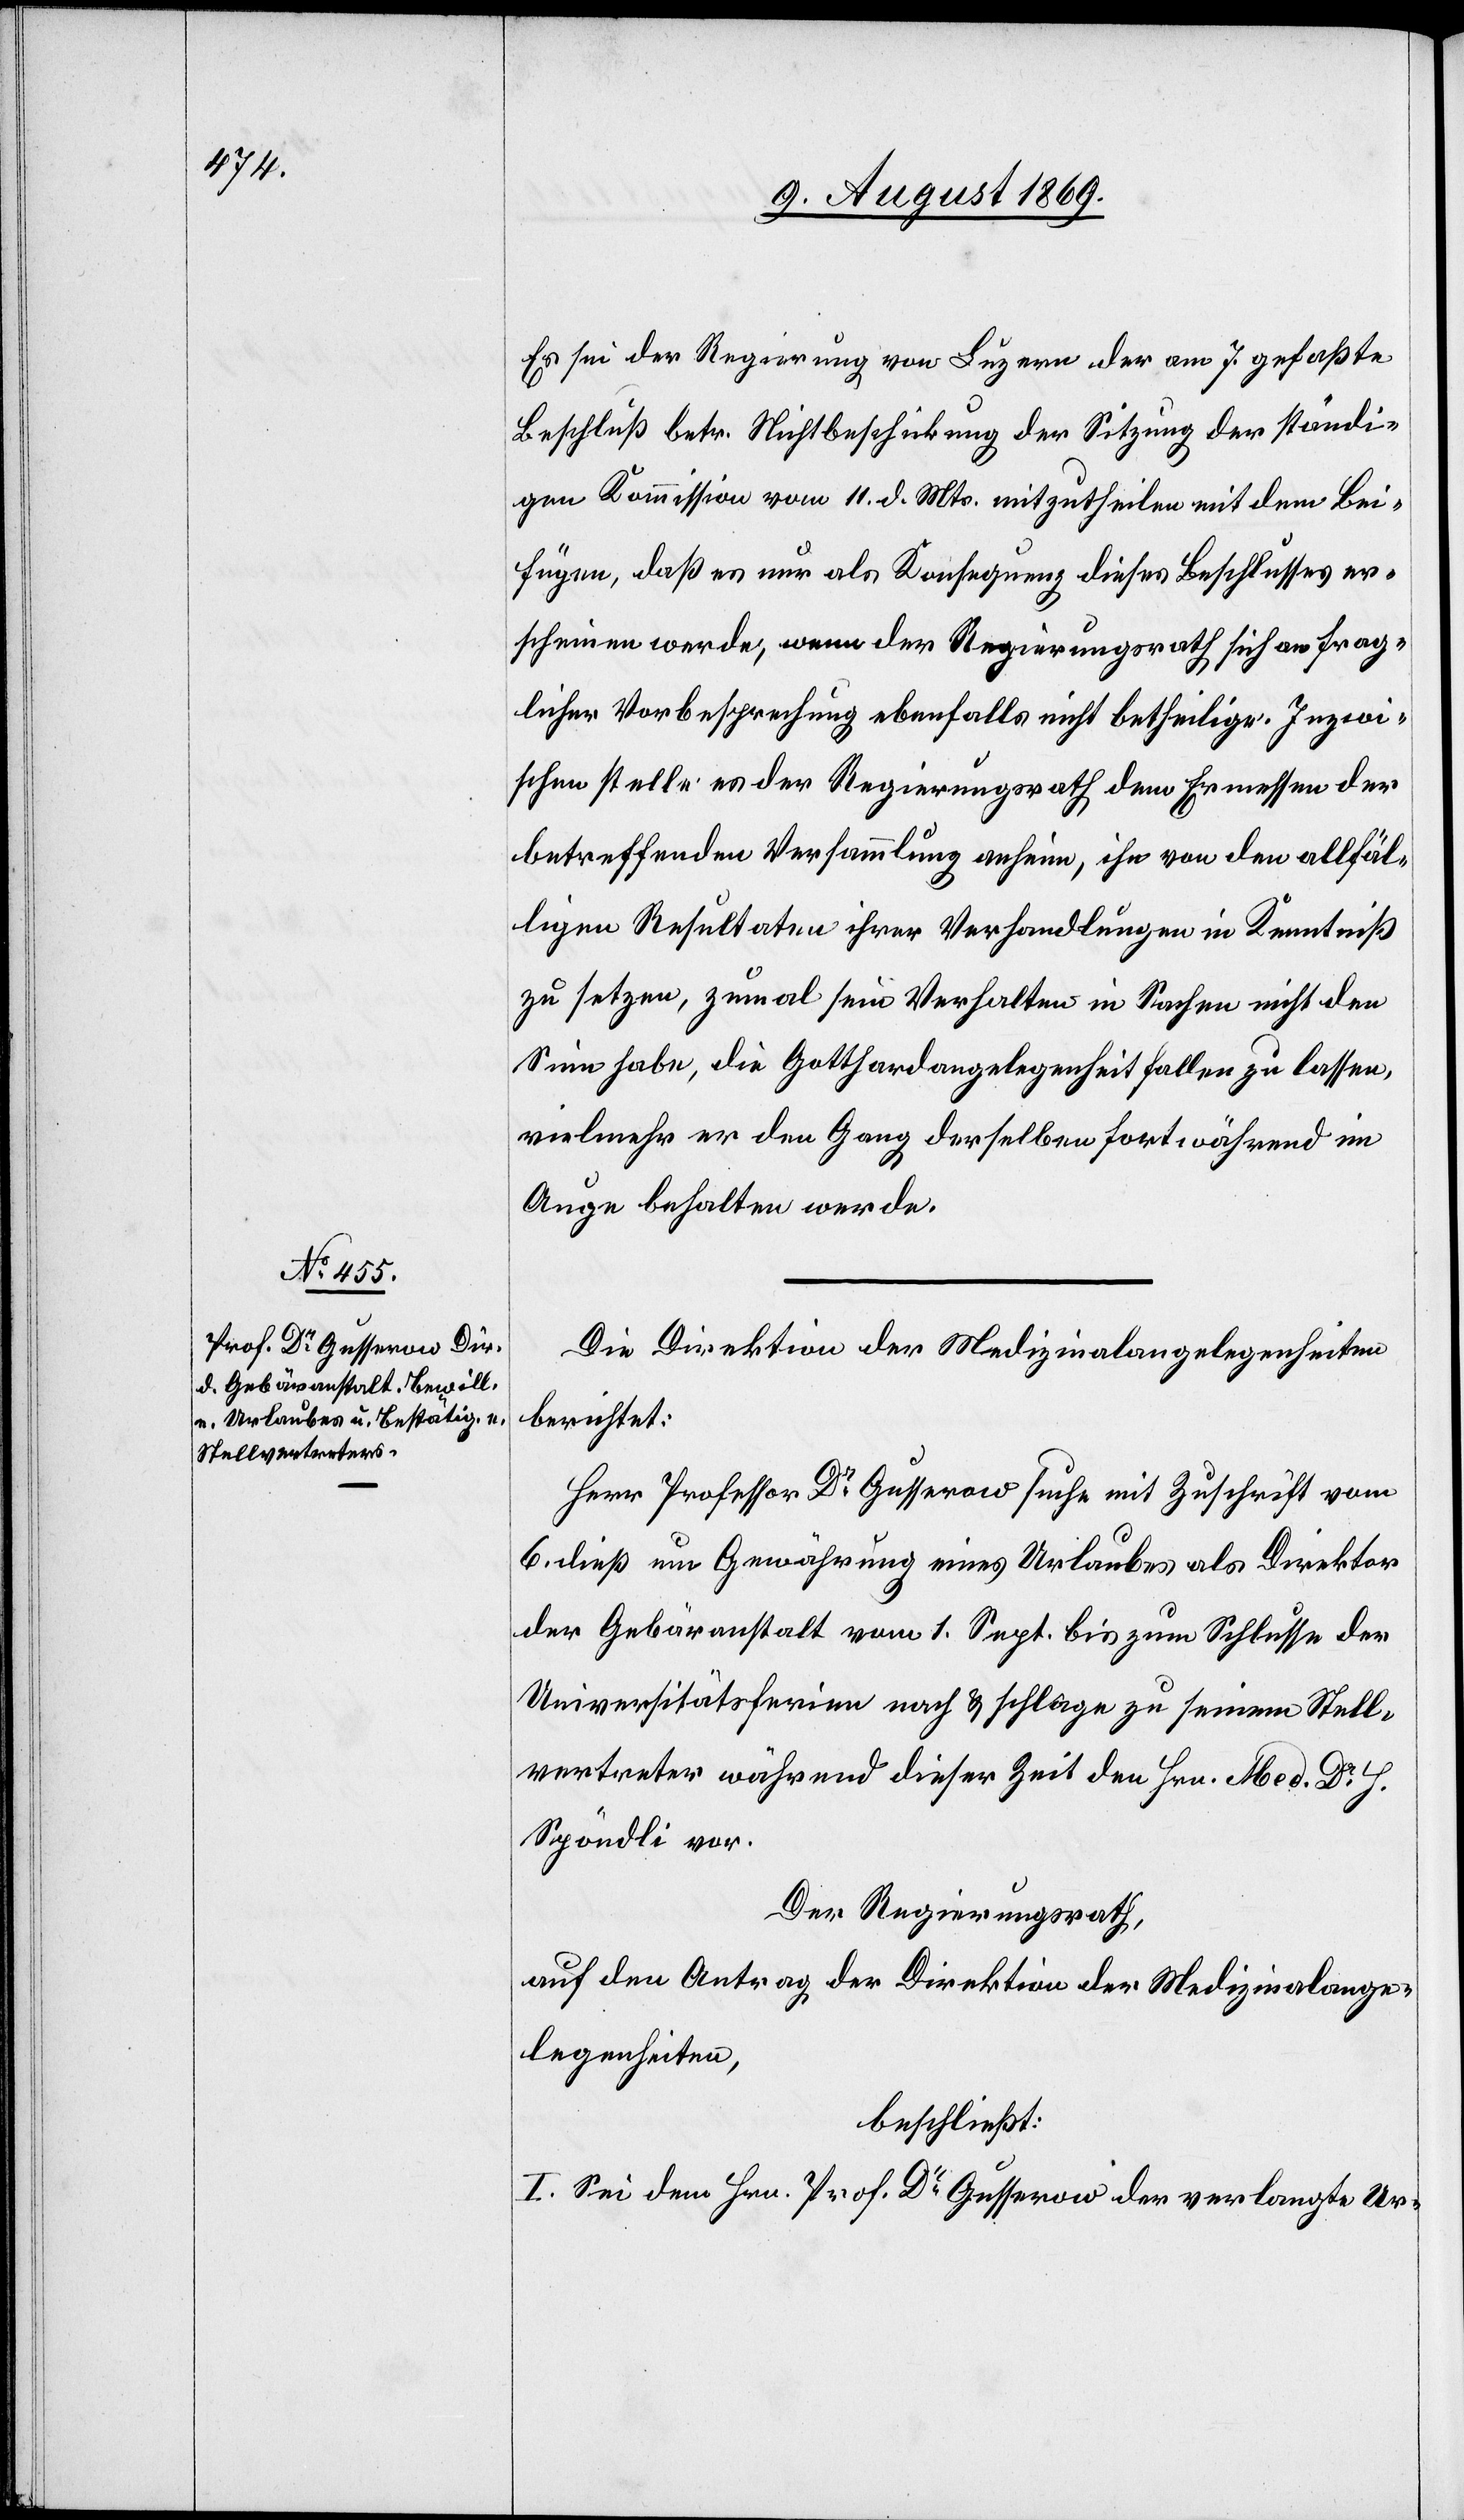
Es sei der Regierung von Luzern der am 7 gefaßte
Beschluß betr. Nichtbeschickung der Sitzung der ständi¬
gen Kommission vom 11 d. Mts. mitzutheilen mit dem Bei¬
fügen, daß es nun als Konsequenz dieses Beschlusses er¬
scheinen werde, wenn der Regierungsrath sich an frag¬
licher Vorbesprechung ebenfalls nicht betheilige. Inzwi¬
schen stelle es der Regierungsrath dem Ermessen der
betreffenden Versammlung anheim, ihn von den allfäl¬
ligen Resultaten ihrer Verhandlungen in Kenntniß
zu setzen, zumal sein Verhalten in Sachen nicht den
Sinn habe, die Gotthardangelegenheit fallen zu lassen,
vielmehr er den Gang derselben fortwährend im
Auge behalten werde.
Die Direktion der Medizinalangelegenheiten
berichtet:
Herr Professor Dr Gusserow suche mit Zuschrift vom
6 dieß um Gewährung eines Urlaubes als Direktor
der Gebäranstalt vom 1 Sept. bis zum Schlusse der
Universitätsferien nach & schlage zu seinem Stell¬
vertreter während dieser Zeit den Hrn. Med. Dr H.
Spöndli vor.
Der Regierungsrath,
auf den Antrag der Direktion der Medizinalange¬
legenheiten,
beschließt:
I. Sei dem Hrn. Prof. Dr Gusserow der verlangte Ur-